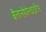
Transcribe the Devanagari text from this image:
बैलानोपोस्थाइटिस